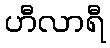
ဟီလာရီ